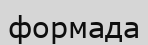
формада